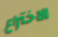
الاختراع